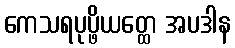
ကေသရပုပ္ဖိယတ္ထေ အပဒါန